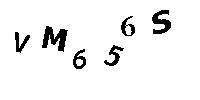
VM656S